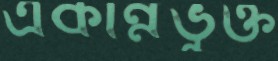
একান্নভুক্ত